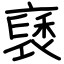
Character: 褎